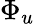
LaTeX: \Phi_{u}